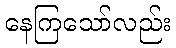
နေကြသော်လည်း